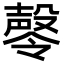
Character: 㲆